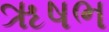
ૠષભ